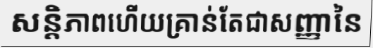
សន្តិភាពហើយគ្រាន់តែជាសញ្ញានៃ